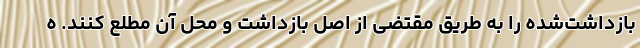
بازداشت‌شده را به طریق مقتضی از اصل بازداشت و محل آن مطلع کنند. ه